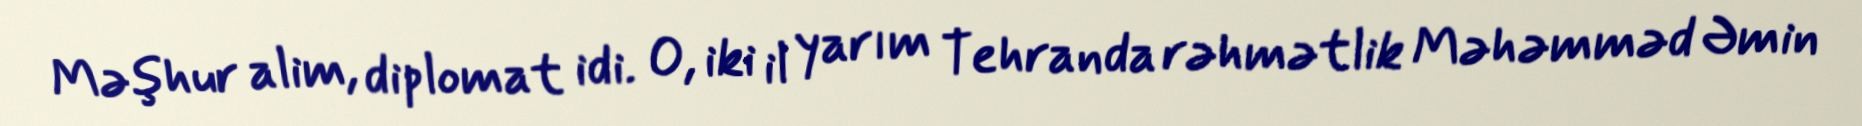
Məşhur alim, diplomat idi. O, iki il yarım Tehranda rəhmətlik Məhəmməd Əmin